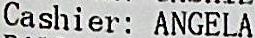
CASHIER: ANGELA